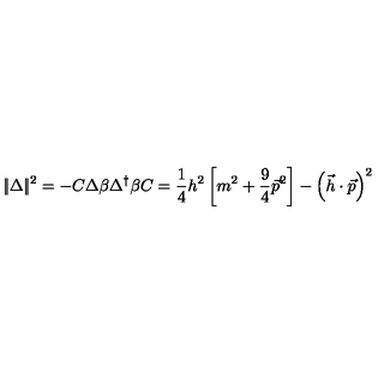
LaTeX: | \! | \Delta | \! | ^ { 2 } = - C \Delta \beta \Delta ^ { \dagger } \beta C = \frac 1 4 h ^ { 2 } \left[ m ^ { 2 } + \frac 9 4 \vec { p } ^ { 2 } \right] - \left( \vec { h } \cdot \vec { p } \right) ^ { 2 }